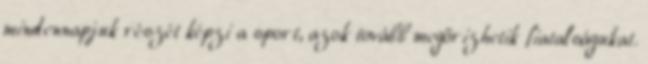
mindennapjuk részét képzi a sport, azok tovább megőrizhetik fiatalságukat.